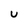
Character: u